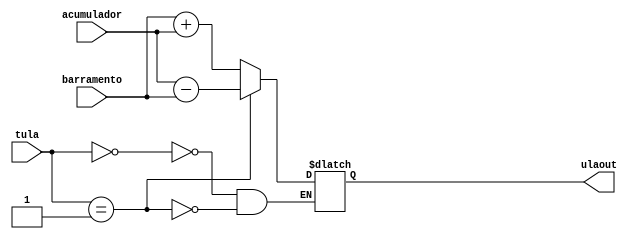
module ULA(barramento, acumulador, ulaout, tula);
	input  wire [4:0] barramento;
	input  wire [4:0] acumulador;
	input  wire [4:0] tula;
	output reg [4:0] ulaout;

	parameter SOMA = 4'd0;
	parameter SUB = 4'd1;

	always @(tula or barramento or acumulador)
	begin
		case(tula)
		4'd0: begin
		ulaout = barramento + acumulador;
		end
		4'd1: begin
		ulaout = acumulador - barramento;
		end
		endcase
	end
endmodule